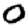
Digit: 0